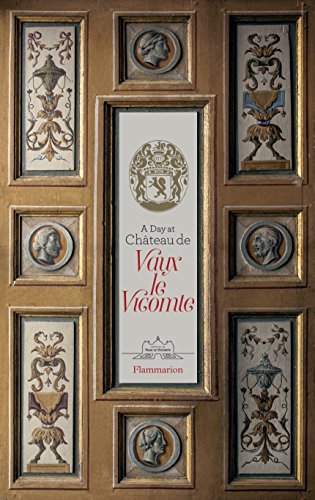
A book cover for A Day at ChÃ¢teau de Vaux-le-Vicomte; Alexandre de VogÃ¼Ã©; Crafts, Hobbies & Home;